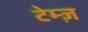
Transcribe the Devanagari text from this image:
टेम्ज़